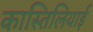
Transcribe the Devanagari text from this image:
कास्तिलियाई